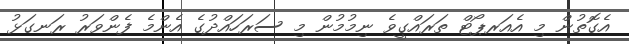
އެގޮތުން މި އެއަރޕޯޓް ތަރައްގީވެ ނިމުމުން މި ސަރަހައްދުގެ އެންމެ ފެންވަރު ރަނގަޅު